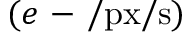
( e \mathrm { ~ - ~ } / \mathrm { p x } / \mathrm s )